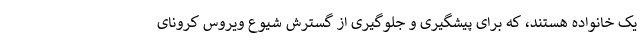
یک خانواده هستند، که برای پیشگیری و جلوگیری از گسترش شیوع ویروس کرونای